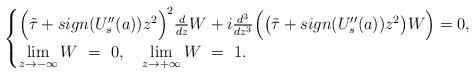
LaTeX: \begin{align*}\begin{cases}\Big(\tilde\tau+sign(U_s''(a))z^2\Big)^2\frac{d}{dz}W+i\frac{d^3}{dz^3}\Big(\big(\tilde\tau+sign(U_s''(a))z^2\big)W\Big)=0,\\\lim\limits_{z\rightarrow-\infty}W~=~0,\quad\lim\limits_{z\rightarrow+\infty}W~=~1.\end{cases}\end{align*}